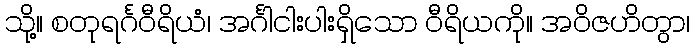
သို့။ စတုရင်္ဂဝီရိယံ၊ အင်္ဂါငါးပါးရှိသော ဝီရိယကို။ အဝိဇဟိတွာ၊